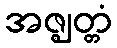
အဇ္ဈတ္တံ